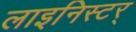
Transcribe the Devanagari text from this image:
लाइनिस्टर्